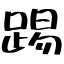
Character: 踢